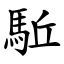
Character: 駈